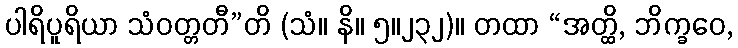
ပါရိပူရိယာ သံဝတ္တတီ”တိ (သံ။ နိ။ ၅။၂၃၂)။ တထာ “အတ္ထိ, ဘိက္ခဝေ,